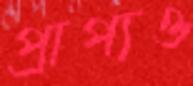
প্রাপ্যও